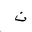
Letter: _non